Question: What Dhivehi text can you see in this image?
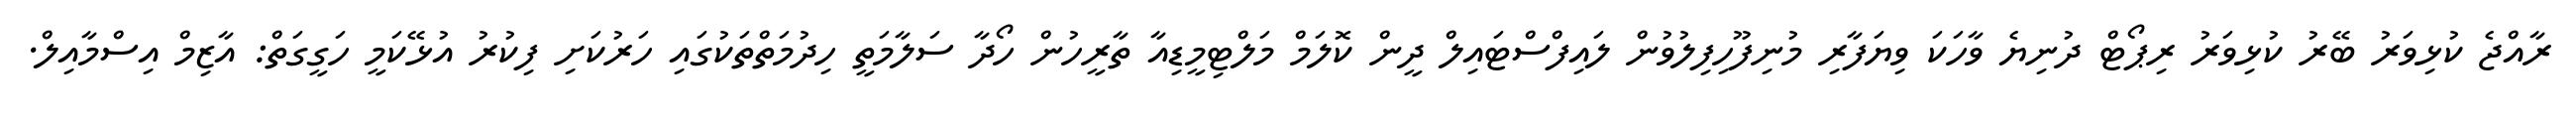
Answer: ރާއްޖެ ކުޅިވަރު ބޭރު ކުޅިވަރު ރިޕޯޓް ދުނިޔެ ވާހަކަ ވިޔަފާރި މުނިފޫހިފިލުވުން ލައިފްސްޓައިލް ދީން ކޮލަމް މަލްޓިމީޑިއާ ތާރީހުން ހޯދާ ސަލާމަތީ ހިދުމަތްތަކުގައި ހަރުކަށި ފިކުރު އުޅޭކަމީ ހަގީގަތް: އާޒިމް އިސްމާއިލް.